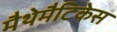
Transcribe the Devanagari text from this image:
मैथेमैटिकेस